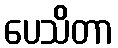
ပေသိတာ